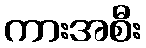
ကားအစီး